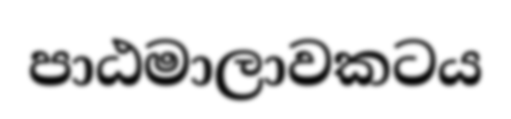
පාඨමාලාවකටය